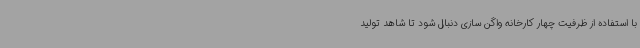
با استفاده از ظرفیت چهار کارخانه واگن سازی دنبال شود تا شاهد تولید